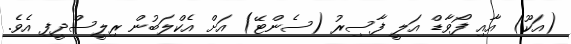
(އަކޫ) އާއި ފޯވާޑް އަލީ ފާސިރު (ސެންޓޭ) އަށް އެކްލަބުން ރިލީސްދީފި އެވެ.